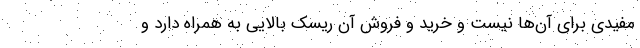
مفیدی برای آن‌ها نیست و خرید و فروش آن ریسک بالایی به همراه دارد و